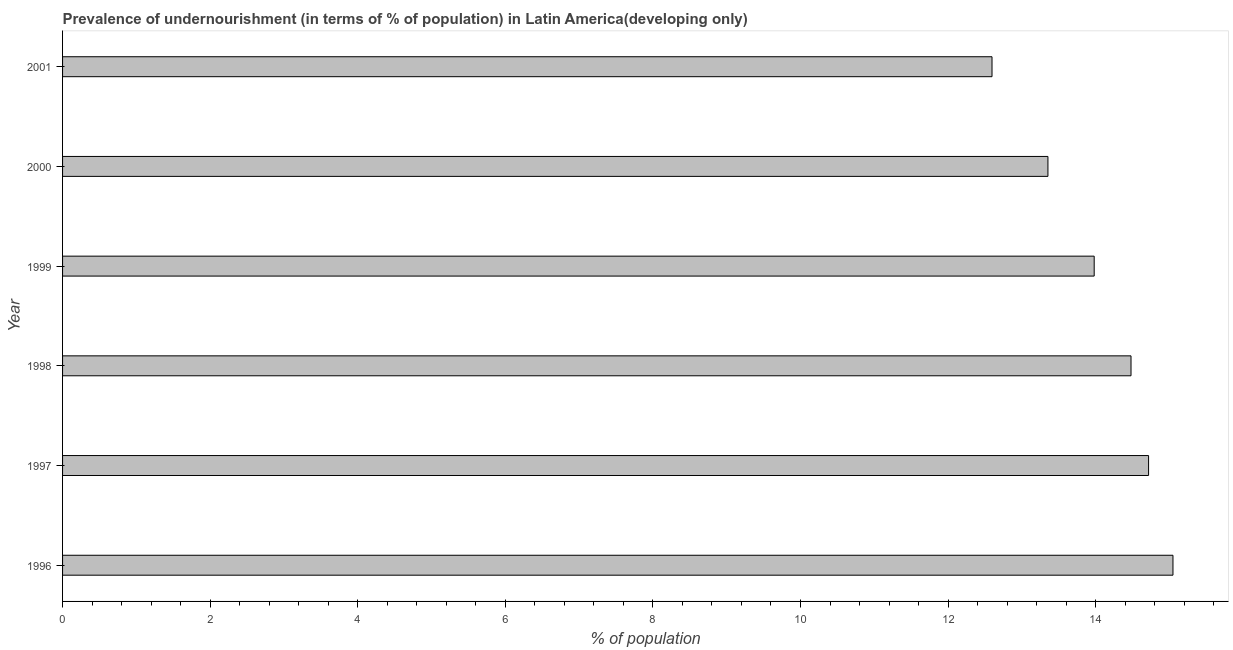
| Year | Prevalence of undernourishment |
 | --- | --- |
 | 1996 | 15 |
 | 1997 | 14.7 |
 | 1998 | 14.5 |
 | 1999 | 14 |
 | 2000 | 13.4 |
 | 2001 | 12.6 |